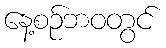
နေ့စဉ်ဘဝတွင်